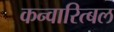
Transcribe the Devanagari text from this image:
कन्वारित्बल